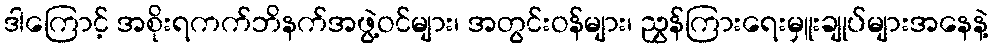
ဒါကြောင့် အစိုးရကက်ဘိနက်အဖွဲ့ဝင်များ၊ အတွင်းဝန်များ၊ ညွှန်ကြားရေးမှူးချုပ်များအနေနဲ့